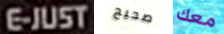
E-JUST صحيح معك